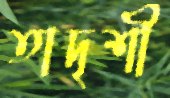
তাদৃশী